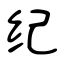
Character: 纪